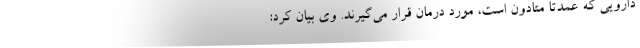
دارویی که عمدتا متادون است، مورد درمان قرار می‌گیرند. وی بیان کرد: